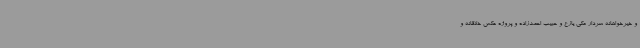
و خیرخواهانه سردار مکی یازع و حبیب احمدزاده و پروژه عکس خلاقانه و